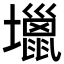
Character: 𡓍